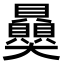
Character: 𧹈